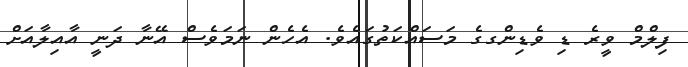
ފިލްމް ވީރެ ޑި ވެޑިންގގެ މަސައްކަތުގައެވެ. އެހެން ނަމަވެސް އޭނާ ދަނީ އާއިލާއަށް